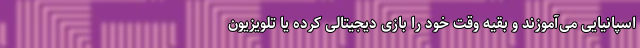
اسپانیایی می‌آموزند و بقیه وقت خود را بازی دیجیتالی کرده یا تلویزیون